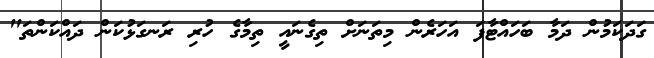
ގަދަކަމުން ދަމާ ބަހައްޓާފަ އަހަރެން މިތަނަށް ތިގެނައީ ތިމާގެ ހުރި ރަނގަޅުކަން ދައްކަންތަ"